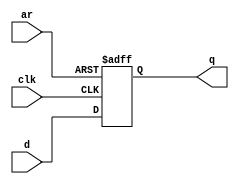
module top_module (
    input clk,
    input d, 
    input ar,   // asynchronous reset
    output reg q);
    always @(posedge clk or posedge ar) begin
        if(ar)
            q <= 1'b0;
        else
            q <= d;
    end
endmodule